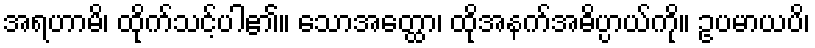
အရဟာမိ၊ ထိုက်သင့်ပါ၏။ သောအတ္ထော၊ ထိုအနက်အဓိပ္ပာယ်ကို။ ဥပမာယပိ၊